Report of the Indian Hemp Drugs Commission, 1894-1895 - Volume III
Year: 1894
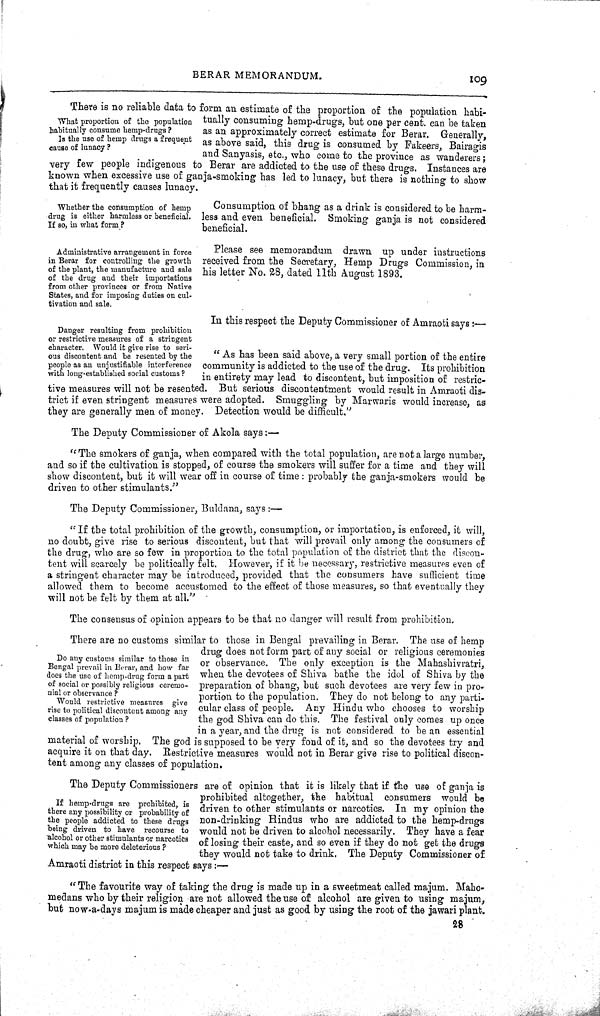
What proporti on of the popul ati on
habi tual l y consume hemp-drugs?
Is the use of hemp drugs a frequent
cause of l unacy?
There is no reliable data to form an estimate of the proportion of the population habi-
tually consuming hemp-drugs, but one per cent. can be taken
as an approximately correct estimate for Berar. Generally,
as above said, this drug is consumed by Fakeers, Bairagis
and Sanyasis, etc., who come to the province as wanderers;
very few people indigenous to Berar are addicted to the use of these drugs. Instances are
known when excessive use of ganja-smoking has led to lunacy, but there is nothing to show
that it frequently causes lunacy.
Whether the consumpti on of hemp
drug is ei ther harml ess or benefi ci al .
If so, in what form?
Consumption of bhang as a drink is considered to be harm-
less and even beneficial. Smoking ganja is not considered
beneficial.
Admi ni strati ve arrangement in force
in Berar for control l i ng the growth
of the pl ant, the manufacture and sal e
of the drug and thei r i mportati ons
from other provi nces or from Nati ve
States, and for i mposi ng duti es on cul-
tivation and sal e.
Please see memorandum drawn up under instructions
received from the Secretary, Hemp Drugs Commission, in
his letter No. 28, dated 11th August 1893.
In this respect the Deputy Commissioner of Amraoti says:-
"As has been said above, a very small portion of the entire
community is addicted to the use of the drug. Its prohibition
in entirety may lead to discontent, but imposition of restric-
tive measures will not be resented. But serious discontentment would result in Amraoti dis-
trict if even stringent measures were adopted. Smuggling by Marwaris would increase, as
they are generally men of money. Detection would be difficult."
The Deputy Commissioner of Akola says:-
"The smokers of ganja, when compared with the total population, are not a large number,
and so if the cultivation is stopped, of course the smokers will suffer for a time and they will
show discontent, but it will wear off in course of time: probably the ganja-smokers would be
driven to other stimulants."
The Deputy Commissioner, Buldana, says:—
"If the total prohibition of the growth, consumption, or importation, is enforced, it will,
no doubt, give rise to serious discontent, but that will prevail only among the consumers of
the drug, who are so few in proportion to the total population of the district that the discon-
tent will scarcely be politically felt. However, if it be necessary, restrictive measures even of
a stringent character may be introduced, provided that the consumers have sufficient time
allowed them to become accustomed to the effect of those measures, so that eventually they
will not be felt by them at all."
The consensus of opinion appears to be that no danger will result from prohibition.
Danger resul ti ng from prohi bi ti on
or restrictive measures of a stri ngent
character. Woul d it gi ve ri se to seri -
ous di scontent and be resented by the
peopl e as an unjusti fi abl e i nterference
with l ong-establ i shed social customs?
Do any customs si mi l ar to those in
Bengal prevai l in Berar, and how far
does the use of hemp-drug form a part
of soci al or possi bl y rel i gi ous ceremo-
nial or observance?
Woul d restri cti ve measures gi ve
ri se to political di scontent among any
cl asses of popul ati on?
There are no customs similar to those in Bengal prevailing in Berar. The use of hemp
drug does not form part of any social or religious ceremoni es
or observance. The only exception is the Mahashivratri,
when the devotees of Shiva bathe the idol of Shiva by the
preparation of bhang, but such devotees are very few in pro-
portion to the population. They do not belong to any parti-
cular class of people. Any Hindu who chooses to worship
the god Shiva can do this. The festival only comes up once
in a year, and the drug is not considered to be an essential
material of worship. The god is supposed to be very fond of it, and so the devotees try and
acquire it on that day. Restrictive measures would not in Berar give rise to political discon-
tent among any classes of population.
If hemp-drugs are prohi bi ted, is
there any possibility or probabi l i ty of
the peopl e addi cted to these drugs
bei ng dri ven to have recourse to
al cohol or other sti mul ants or narcoti cs
whi ch may be more del eteri ous?
The Deputy Commissioners are of opinion that it is likely that if the use of ganja is
prohibited altogether, the habitual consumers would be
driven to other stimulants or narcotics. In my opinion the
non-drinking Hindus who are addicted to the hemp-drugs
would not be driven to alcohol necessarily. They have a fear
of losing their caste, and so even if they do not get the drugs
they would not take to drink. The Deputy Commissioner of
Amraoti district in this respect says:—
"The favourite way of taking the drug is made up in a sweetmeat called majum. Maho-
medans who by their religion are not allowed the use of alcohol are given to using majum,
but now-a-days majum is made cheaper and just as good by using the root of the jawari plant.
28